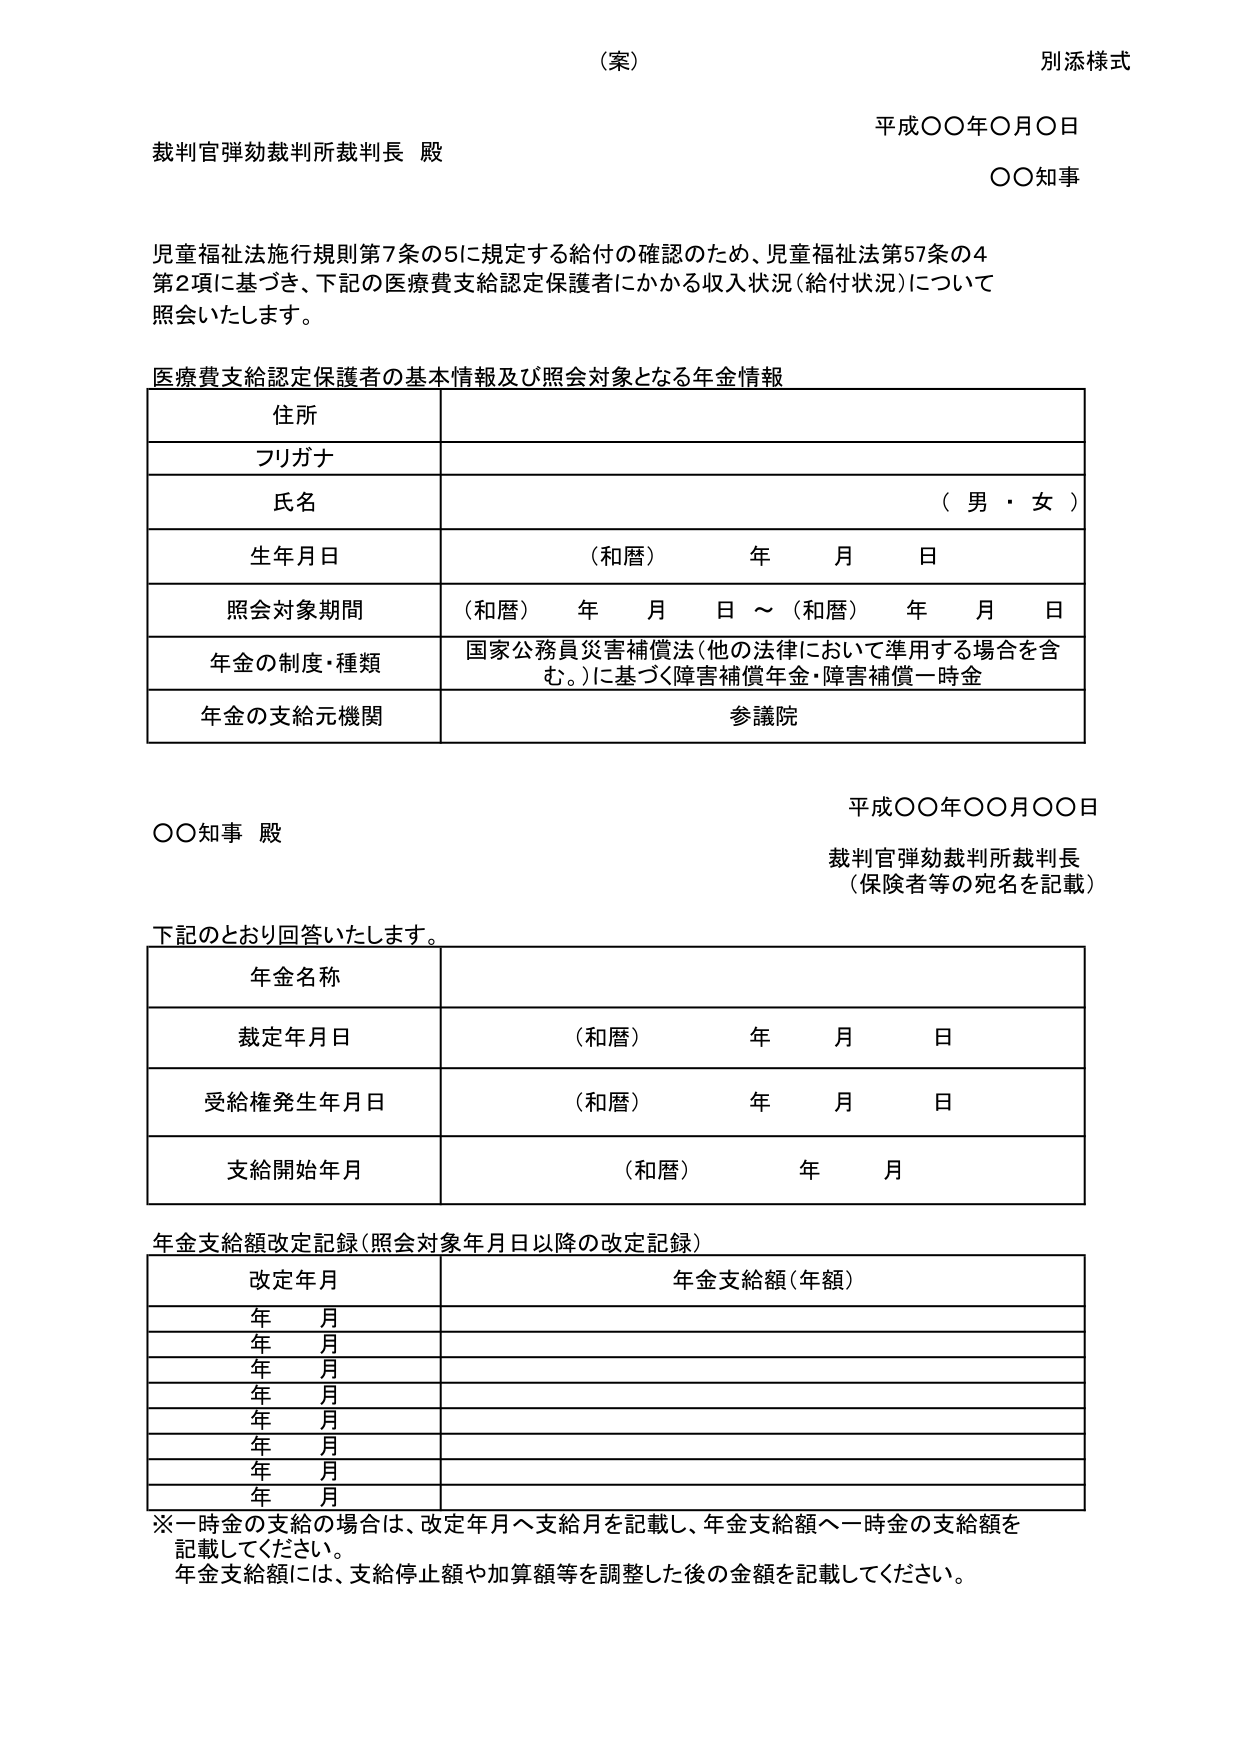
（案）
別添様式

平成〇〇年〇月〇日
〇〇知事

裁判官弾劾裁判所裁判長 殿

児童福祉法施行規則第7条の5に規定する給付の確認のため、児童福祉法第57条の4
第2項に基づき、下記の医療費支給認定保護者にかかる収入状況（給付状況）について
照会いたします。

医療費支給認定保護者の基本情報及び照会対象となる年金情報

住所
フリガナ
氏名 （男・女）
生年月日 （和暦） 年 月 日
照会対象期間 （和暦） 年 月 日 ～ （和暦） 年 月 日
年金の制度・種類 国家公務員災害補償法（他の法律において準用する場合を含む。）に基づく障害補償年金・障害補償一時金
年金の支給元機関 参議院

平成〇〇年〇〇月〇〇日
〇〇知事 殿
裁判官弾劾裁判所裁判長
（保険者等の宛名を記載）

下記のとおり回答いたします。

年金名称
裁定年月日 （和暦） 年 月 日
受給権発生年月日 （和暦） 年 月 日
支給開始年月 （和暦） 年 月

年金支給額改定記録（照会対象年月日以降の改定記録）

改定年月 年金支給額（年額）
年 月
年 月
年 月
年 月
年 月
年 月
年 月
年 月

※一時金の支給の場合は、改定年月へ支給月を記載し、年金支給額へ一時金の支給額を記載してください。
年金支給額には、支給停止額や加算額等を調整した後の金額を記載してください。